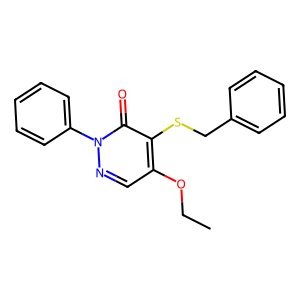
SMILES: CCOc1cnn(-c2ccccc2)c(=O)c1SCc1ccccc1
Inhibits HIV replication: No